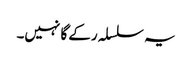
یہ سلسلہ رکے گا نہیں۔